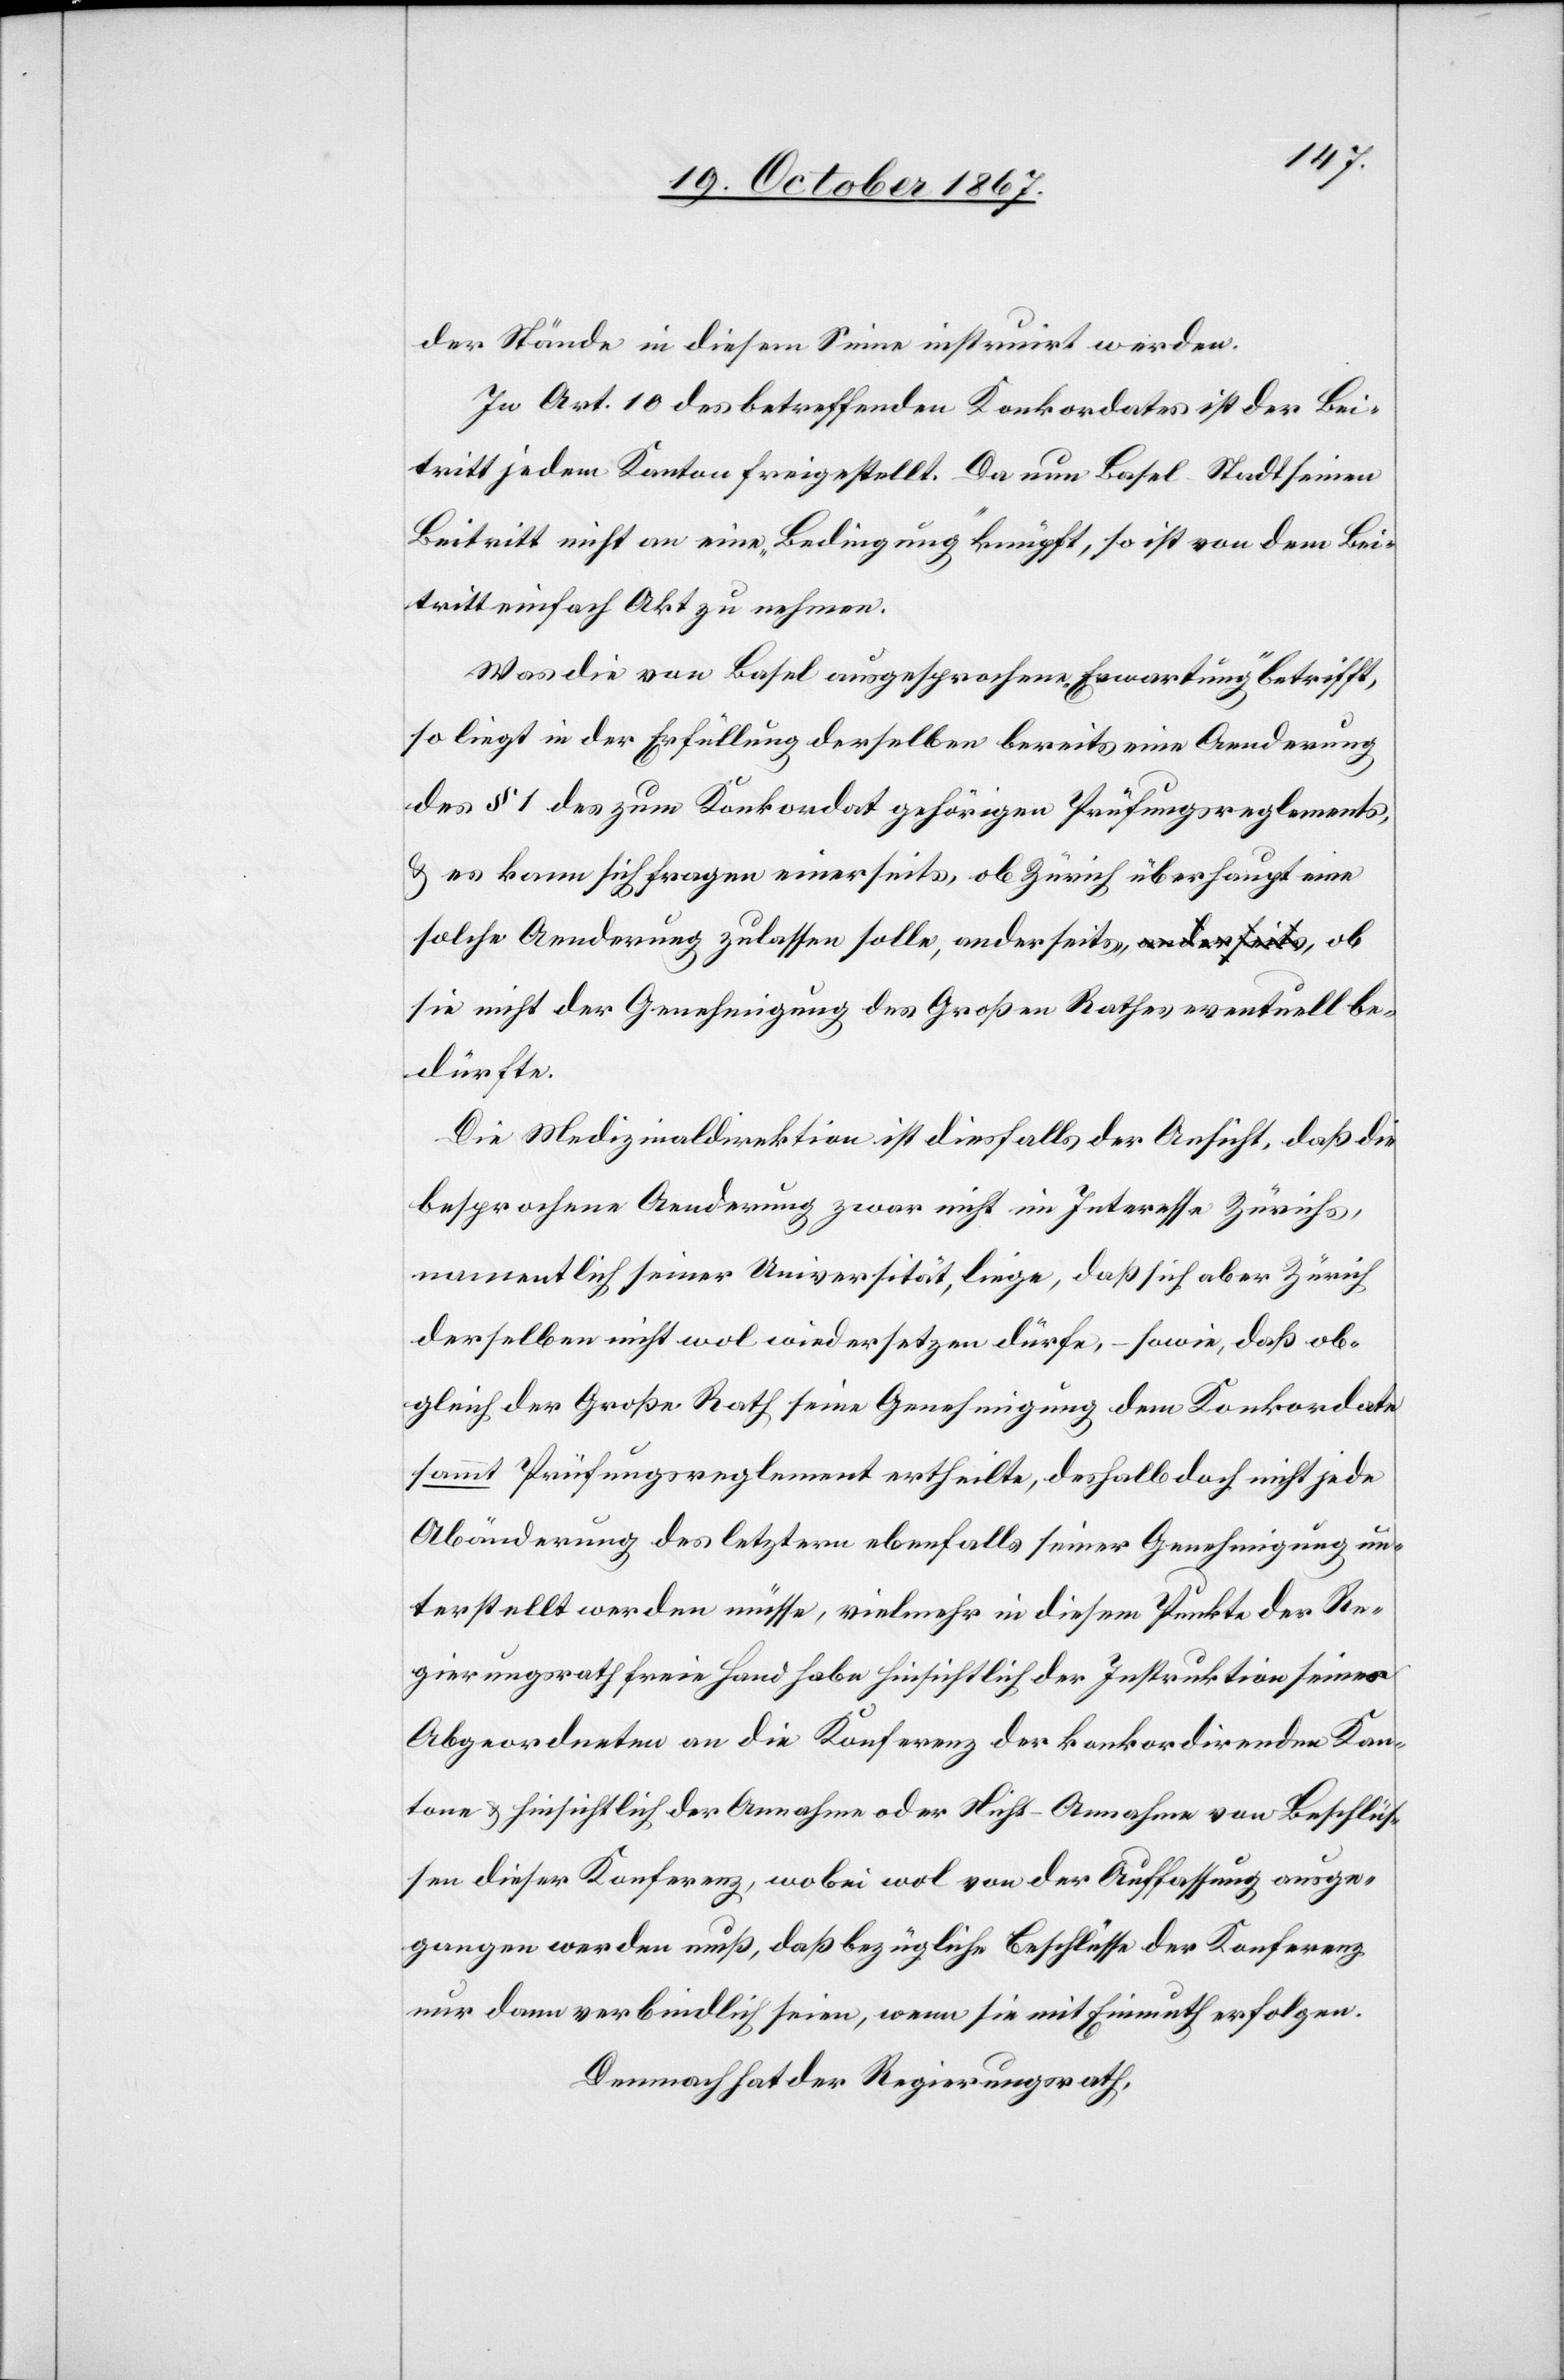
der Stände in diesem Sinne instruirt werden.
In Art. 10 des betreffenden Konkordats ist der Bei¬
tritt jedem Kanton freigestellt. Da nun Basel-Stadt seinen
Beitritt nicht an eine „Bedingung“ knüpft, so ist von dem Bei¬
tritt einfach Akt zu nehmen.
Was die von Basel ausgesprochene „Erwartung“ betrifft,
so liegt in der Erfüllung derselben bereits eine Aenderung
des § 1 des zum Konkordat gehörigen Prüfungsreglements,
u. es kann sich fragen einerseits, ob Zürich überhaupt eine
solche Aenderung zulassen solle, anderseits, ob sie nicht der
bedürfte.
Die Medizinaldirektion ist diesfalls der Ansicht, daß die
besprochene Aenderung zwar nicht im Interesse Zürichs,
namentlich seiner Universität liege, daß sich aber Zürich
derselben nicht wol wiedersetzen dürfe, – sowie, daß ob¬
gleich der Große Rath seine Genehmigung dem Konkordate
sammt Prüfungsreglement ertheilte, deshalb doch nicht jede
Abänderung des letztern ebenfalls seiner Genehmigung un¬
terstellt werden müsse, vielmehr in diesem Punkte der Re¬
gierungsrath freie Hand habe hinsichtlich der Instruktion seiner
Abgeordneten an die Konferenz der konkordirenden Kan¬
tone u. hinsichtlich der Annahme oder Nicht-Annahme von Beschlüs¬
sen dieser Konferenz, wobei wol von der Auffassung ausge¬
gangen werden muß, daß bezügliche Beschlüsse der Konferenz
nur dann verbindlich seien, wenn sie mit Einmuth erfolgen.
Demnach hat der Regierungsrath,